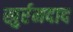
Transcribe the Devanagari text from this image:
खुर्रमदाद